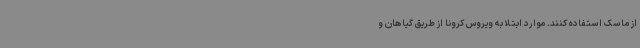
از ماسک استفاده کنند. موارد ابتلا به ویروس کرونا از طریق گیاهان و